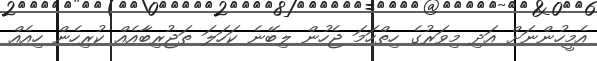
އެމީހުންނަށް އަދި މިވަރުގެ ހިތްހަމަ ޖެހުން ލިބޭނެ ކަހަލަ ތަޖުރިބާއެއް ކުރިހެން ހިއެއް